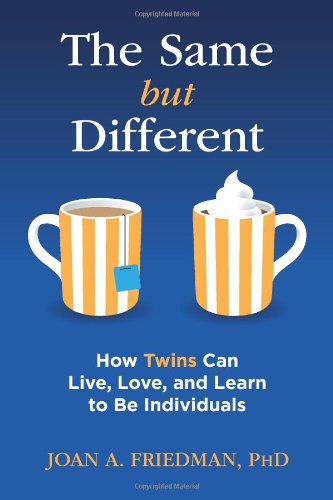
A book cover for The Same but Different: How Twins Can Live, Love, and Learn to Be Individuals; Joan A. Friedman; Parenting & Relationships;